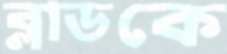
ব্লাডকে